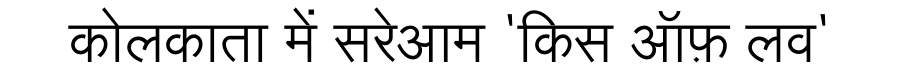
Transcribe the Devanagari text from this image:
कोलकाता में सरेआम 'किस ऑफ़ लव'